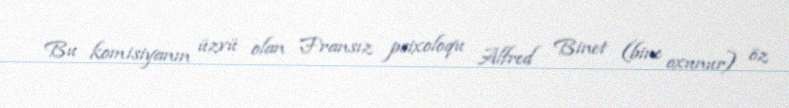
Bu komisiyanın üzvü olan Fransız psixoloqu Alfred Binet (bine oxunur) öz